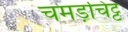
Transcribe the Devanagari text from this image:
चमड़चिट्ट